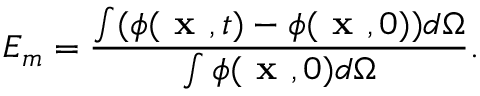
E _ { m } = \frac { \int ( \phi ( \textbf { x } , t ) - \phi ( \textbf { x } , 0 ) ) d \Omega } { \int \phi ( \textbf { x } , 0 ) d \Omega } .